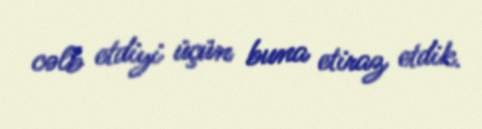
cəlb etdiyi üçün buna etiraz etdik.